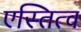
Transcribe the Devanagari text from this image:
एस्तित्व